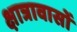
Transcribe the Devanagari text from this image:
क्षात्रावासों